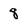
Character: 8